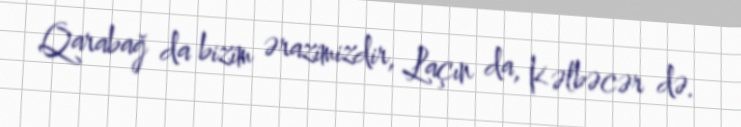
Qarabağ da bizim ərazimizdir, Laçın da, Kəlbəcər də.